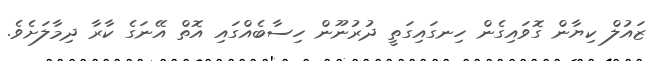
ޒައުލް ކިޔާން ގޮވައިގެން ހިނގައިގަތީ ދުރުނޫން ހިސާބެއްގައި އޮތް އޭނަގެ ކާރާ ދިމާލަށެވެ.